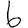
Digit: 6